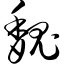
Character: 魏